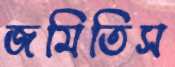
জমিতিস